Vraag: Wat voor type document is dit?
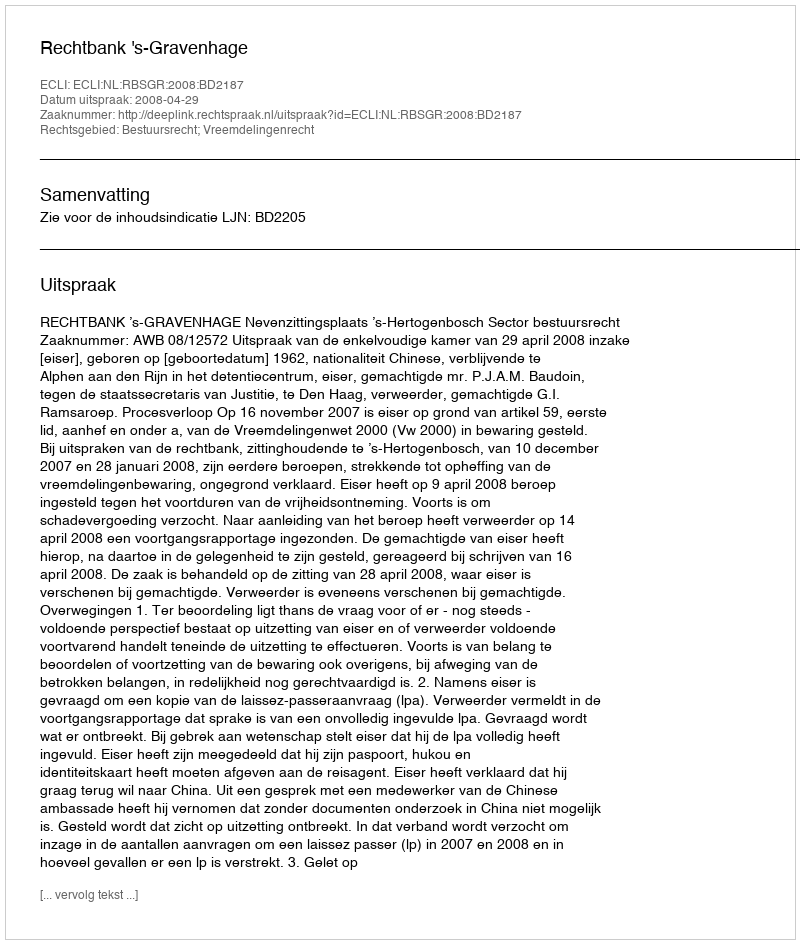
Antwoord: Uitspraak